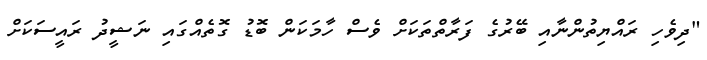
"ދިވެހި ރައްޔިތުންނާއި ބޭރުގެ ފަރާތްތަކަށް ވެސް ހާމަކަން ބޮޑު ގޮތެއްގައި ނަޝީދު ރައީސަކަށް